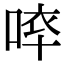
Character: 𠵒